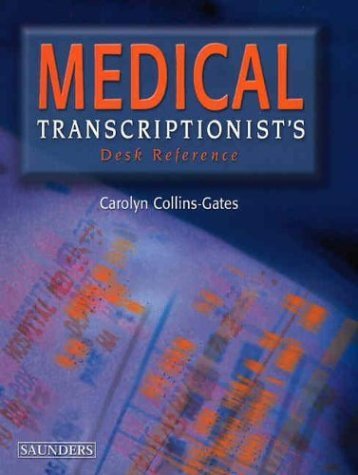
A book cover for Medical Transcriptionist's Desk Reference, 1e by Carolyn Collins-Gates published by Saunders (2003) [Spiral-bound]; Carolyn Collins-Gates; Medical Books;